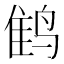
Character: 𲍾